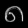
Digit: ၈